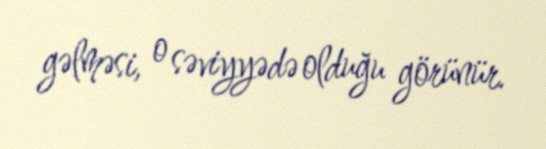
gəlməsi, o səviyyədə olduğu görünür.